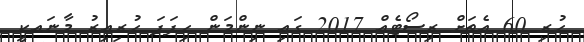
ހުރި 60 އެތަށް ރިސޯޓެއް 2017 ގައި ނިންމަން ހިފަފަ ހުރިއިރު މާނައކީ